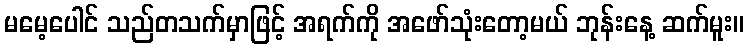
မမေ့ပေါင် သည်တသက်မှာဖြင့် အရက်ကို အဖော်သုံးတော့မယ် ဘုန်းနေ့ ဆက်မူး။